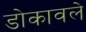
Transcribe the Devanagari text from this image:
डोकावले